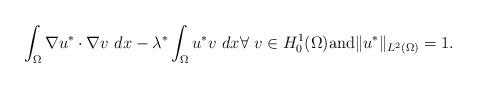
LaTeX: \begin{align*}\int_\Omega\nabla u^*\cdot\nabla v\ dx - \lambda^*\int_{\Omega} u^*v\ dx\forall\ v\in H_0^1(\Omega)\mbox{and}\|u^*\|_{L^2(\Omega)} =1.\end{align*}